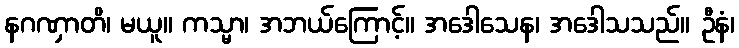
နဂဏှာတိ၊ မယူ။ ကသ္မာ၊ အဘယ်ကြောင့်။ အဒေါသေန၊ အဒေါသသည်။ ဦနံ၊